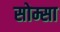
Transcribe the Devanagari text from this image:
सोम्सा